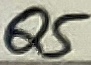
Text: Q5